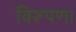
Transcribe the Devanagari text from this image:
विरूपण।